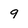
Character: 9